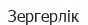
Зергерлік